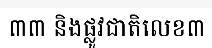
៣៣ និងផ្លូវជាតិលេខ៣